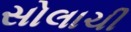
સોલાચી